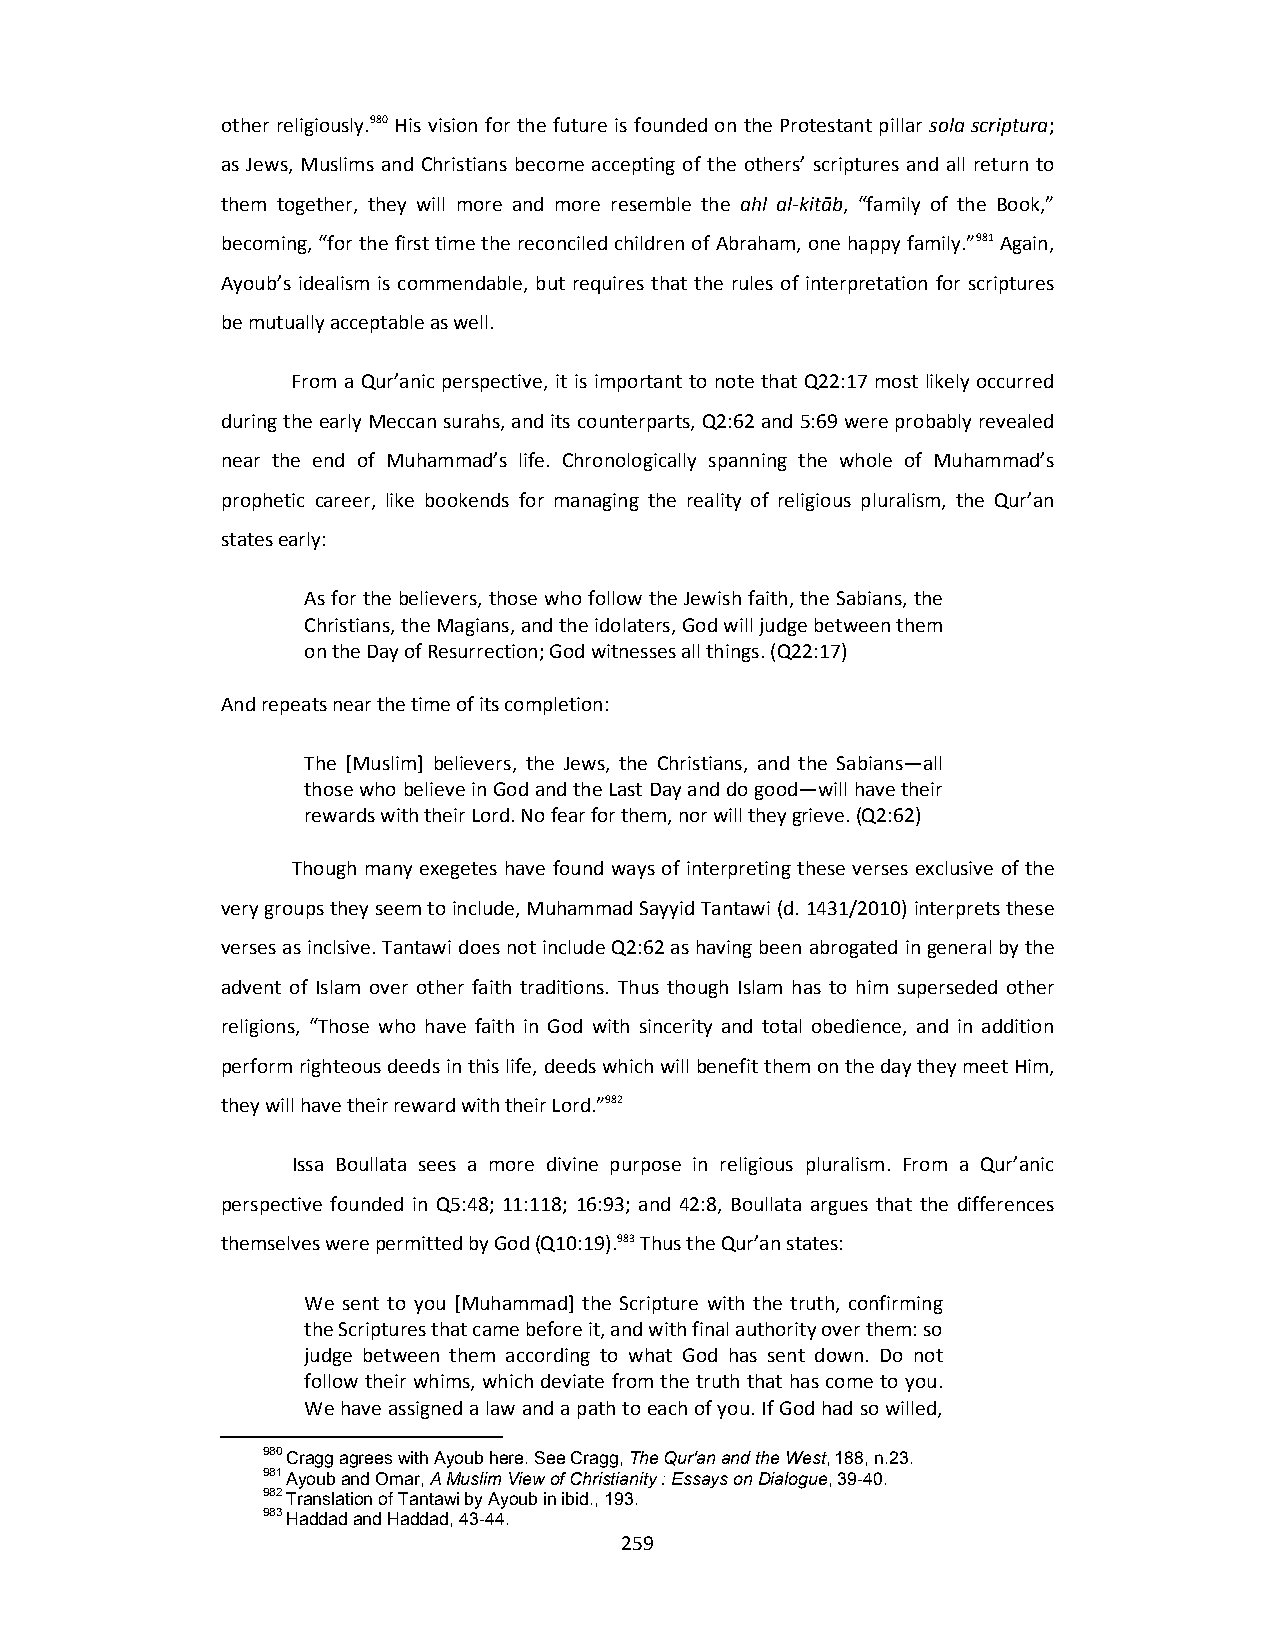
other religiously.980 His vision for the future is founded on the Protestant pillar sola scriptura;
 as Jews, Muslims and Christians become accepting of the others’ scriptures and all return to
 them together, they will more and more resemble the ahl al‐kitāb, “family of the Book,”
 becoming, “for the first time the reconciled children of Abraham, one happy family.”981 Again,
 Ayoub’s idealism is commendable, but requires that the rules of interpretation for scriptures
 be mutually acceptable as well.
 From a Qur’anic perspective, it is important to note that Q22:17 most likely occurred
 during the early Meccan surahs, and its counterparts, Q2:62 and 5:69 were probably revealed
 near the end of Muhammad’s life. Chronologically spanning the whole of Muhammad’s
 prophetic career, like bookends for managing the reality of religious pluralism, the Qur’an
 states early:
 As for the believers, those who follow the Jewish faith, the Sabians, the
 Christians, the Magians, and the idolaters, God will judge between them
 on the Day of Resurrection; God witnesses all things. (Q22:17)
 And repeats near the time of its completion:
 The [Muslim] believers, the Jews, the Christians, and the Sabians—all
 those who believe in God and the Last Day and do good—will have their
 rewards with their Lord. No fear for them, nor will they grieve. (Q2:62)
 Though many exegetes have found ways of interpreting these verses exclusive of the
 very groups they seem to include, Muhammad Sayyid Tantawi (d. 1431/2010) interprets these
 verses as inclsive. Tantawi does not include Q2:62 as having been abrogated in general by the
 advent of Islam over other faith traditions. Thus though Islam has to him superseded other
 religions, “Those who have faith in God with sincerity and total obedience, and in addition
 perform righteous deeds in this life, deeds which will benefit them on the day they meet Him,
 they will have their reward with their Lord.”982
 Issa Boullata sees a more divine purpose in religious pluralism. From a Qur’anic
 perspective founded in Q5:48; 11:118; 16:93; and 42:8, Boullata argues that the differences
 themselves were permitted by God (Q10:19).983 Thus the Qur’an states:
 We sent to you [Muhammad] the Scripture with the truth, confirming
 the Scriptures that came before it, and with final authority over them: so
 judge between them according to what God has sent down. Do not
 follow their whims, which deviate from the truth that has come to you.
 We have assigned a law and a path to each of you. If God had so willed,
 980 Cragg agrees with Ayoub here. See Cragg, The Qur'an and the West, 188, n.23.
 981 Ayoub and Omar, A Muslim View of Christianity : Essays on Dialogue, 39-40.
 982 Translation of Tantawi by Ayoub in ibid., 193.
 983 Haddad and Haddad, 43-44.
 259